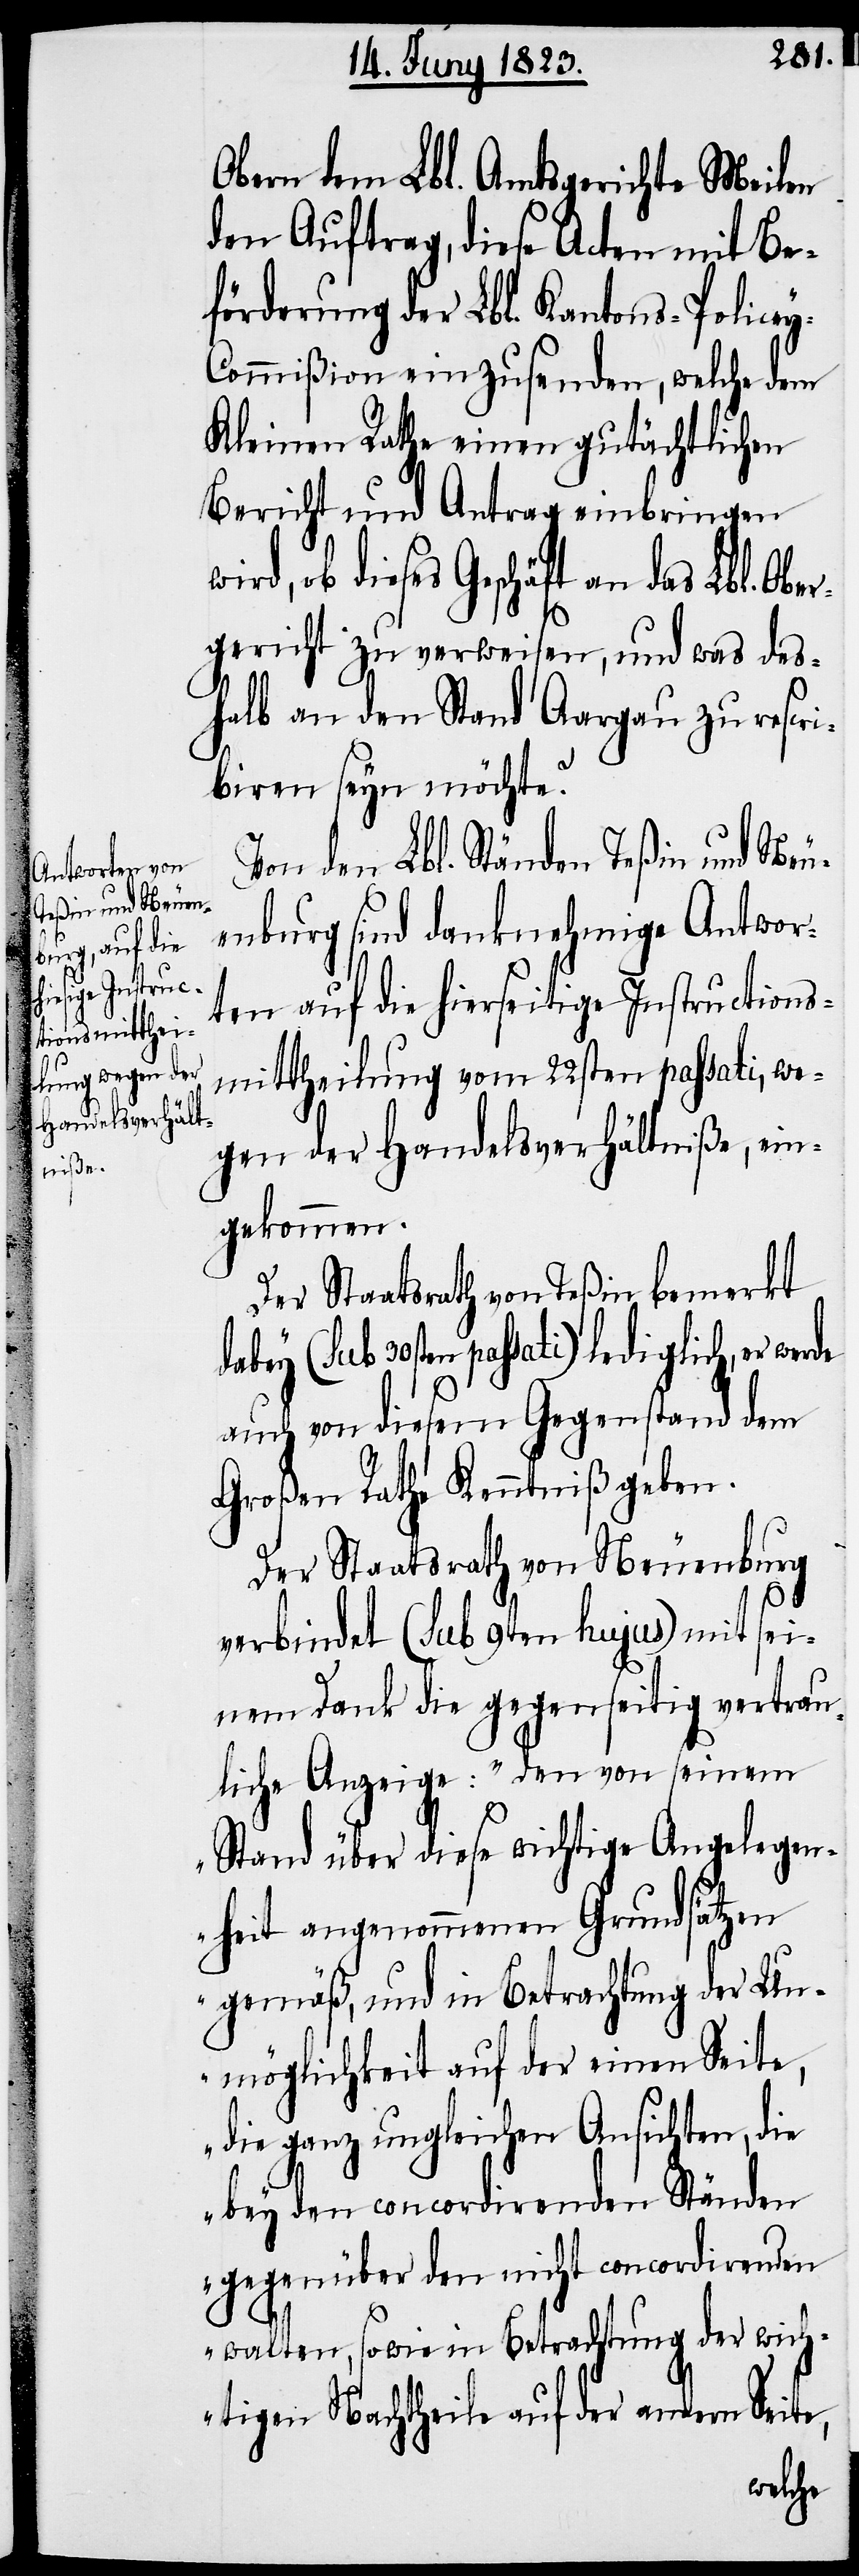
Obern dem Lbl. Amtsgerichte Meilen
den Auftrag, diese Acten mit Be¬
förderung der Lbl. Kantons-Police¬
y-Commißion einzusenden, welche dem
Kleinen Rathe einen gutächtlichen
Bericht und Antrag einbringen
ob dieses Geschäft an das Lbl. Obe¬
rgericht zu verweisen, und was des¬
halb an den Stand Aargau zu rescri¬
biren seyn möchte?
Von den Lbl. Ständen Teßin und Neu¬
enburg sind danknehmige Antwor¬
ten auf die hierseitige Instructions¬
mittheilung vom 22sten passati, we¬
gen der Handelsverhältniße, ein¬
gekommen.
Der Staatsrath von Teßin bemerkt
(sub 30sten passati) lediglich, er
auch von diesem Gegenstand dem
Großen Rathe Kenntniß geben.
Der Staatsrath von Neuenburg
verbindet (sub 9ten hujus) mit sei¬
nem Dank die gegenseitig vertrau¬
liche Anzeige: „den von seinem
Stand über diese wichtige Angelegen¬
heit angenommenen Grundsätzen
gemäß, und in Betrachtung der Un¬
möglichkeit auf der einen Seite,
die ganz ungleichen Ansichten, die
bey den concordirenden Ständen
gegenüber den nicht concordirenden
walten, sowie in Betrachtung der wich¬
tigen Nachtheile auf der andern Seite,